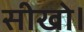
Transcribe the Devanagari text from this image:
सीखो।